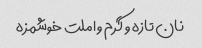
نان تازه و گرم و املت خوشمزه